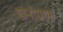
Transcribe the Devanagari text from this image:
ख्रनोग्राफ